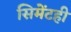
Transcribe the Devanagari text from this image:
सिमेंटही